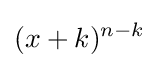
(x+k)^{n-k}